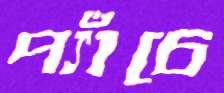
প্যাঁচে